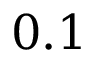
0 . 1